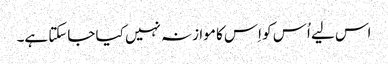
اس لیے اُس کو اِس کا موازنہ نہیں کیا جاسکتا ہے۔